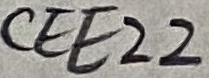
Text: CEE22